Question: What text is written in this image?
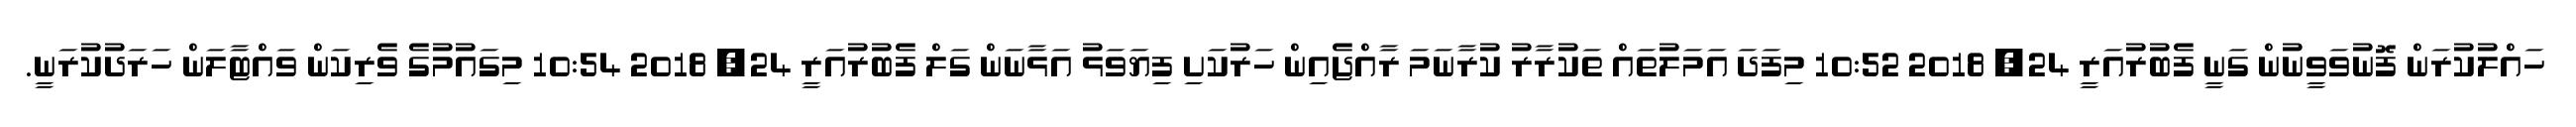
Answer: ހައްލުކުރަން ފޮނުވަވީނުން ގަނީ ފެބުރުއަރީ 24, 2018 10:52 މިފަދަ އަމަލުތައް ތަކުރާރު ކުރާނަމަ ރާއްޖެއިން ހަރުކަށި ފިޔަވަޅު އަޅާނަން ގަލް ފެބުރުއަރީ 24, 2018 10:54 މިގައުމުގެ ވެރިކަން ވައްޓާލަން ހަރަދުކުރަނީ.